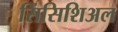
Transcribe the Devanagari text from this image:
सिंसिशिअल